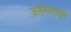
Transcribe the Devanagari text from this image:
अहवालाद्वारे